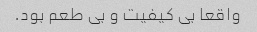
واقعا بی کیفیت و بی طعم بود.